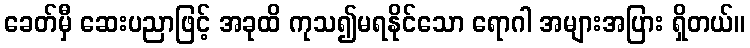
ခေတ်မှီ ဆေးပညာဖြင့် အခုထိ ကုသ၍မရနိုင်သော ရောဂါ အများအပြား ရှိတယ်။